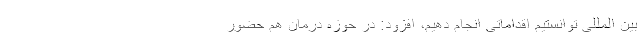
بین المللی توانستیم اقداماتی انجام دهیم، افزود: در حوزه درمان هم حضور